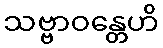
သဗ္ဗာဝန္တေဟိ